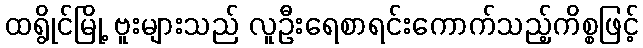
ထရွိုင်မြို့ ဗူးများသည် လူဦးရေစာရင်းကောက်သည့်ကိစ္စဖြင့်